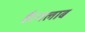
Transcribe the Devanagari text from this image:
है।गलाब